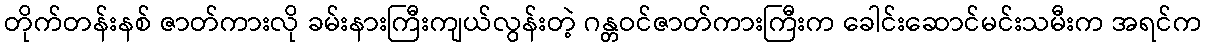
တိုက်တန်းနစ် ဇာတ်ကားလို ခမ်းနားကြီးကျယ်လွန်းတဲ့ ဂန္တဝင်ဇာတ်ကားကြီးက ခေါင်းဆောင်မင်းသမီးက အရင်က